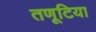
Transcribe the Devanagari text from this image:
तणूटिया